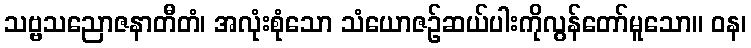
သဗ္ဗသညောဇနာတီတံ၊ အလုံးစုံသော သံယောဇဉ်ဆယ်ပါးကိုလွန်တော်မူသော။ ဝန၊